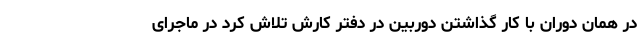
در همان دوران با کار گذاشتن دوربین در دفتر کارش تلاش کرد در ماجرای